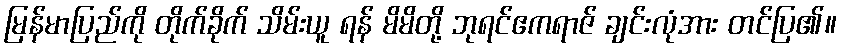
မြန်မာပြည်ကို တိုက်ခိုက် သိမ်းယူ ရန် မိမိတို့ ဘုရင်ဧကရာဇ် ချင်းလုံအား တင်ပြ၏။